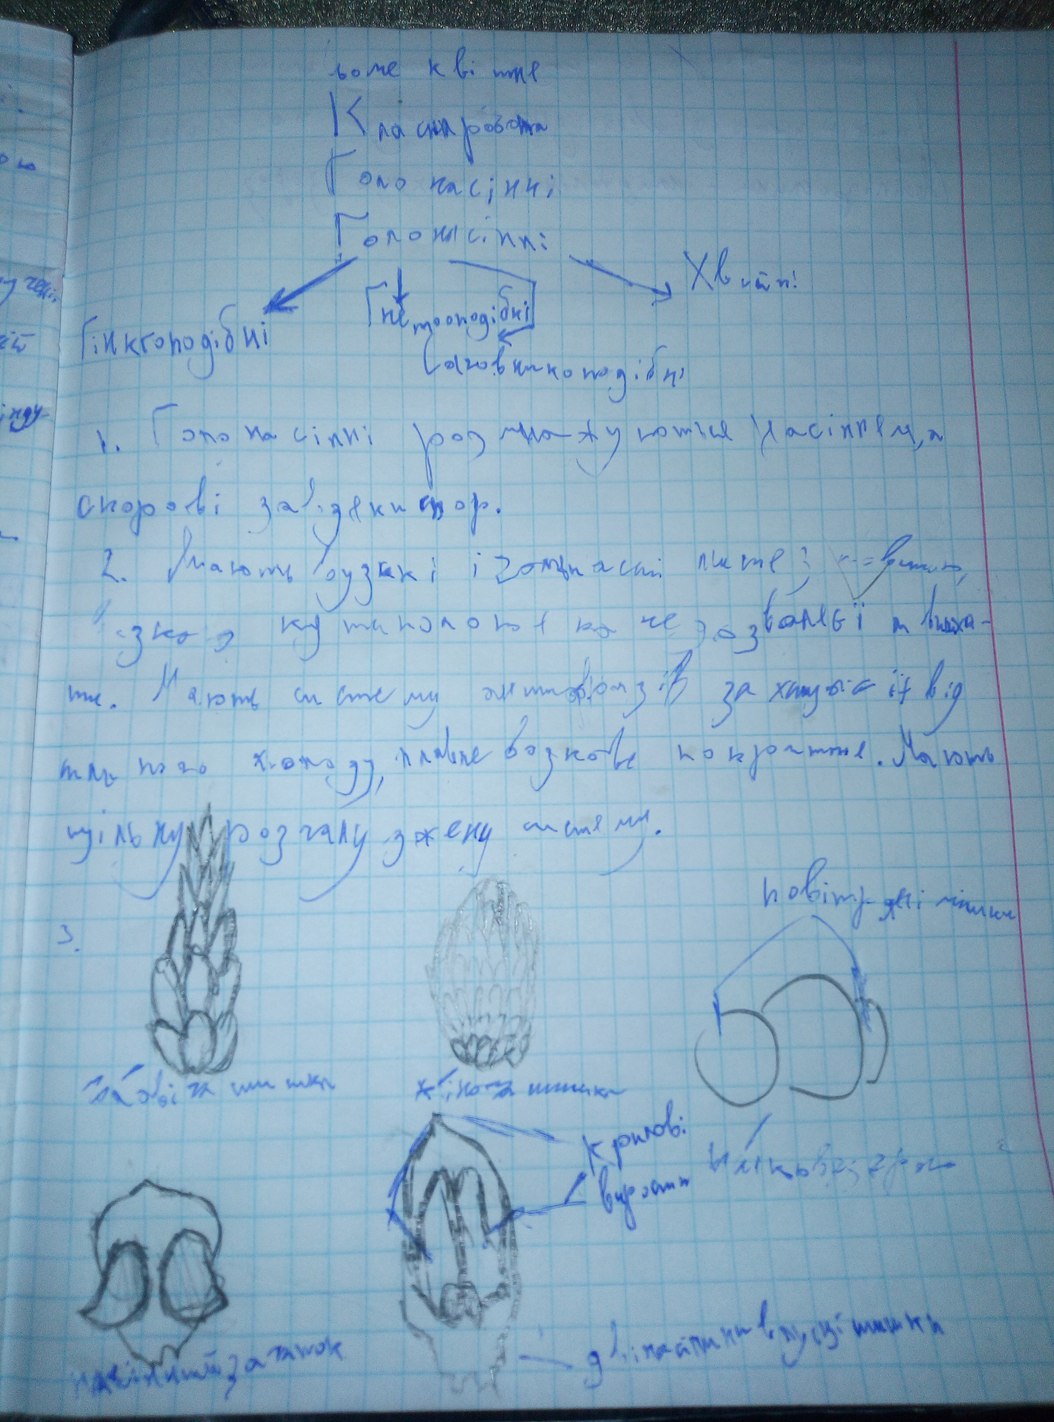
Сьоме квітня
Класна робота
Голонасінні
Голонасінні:
Хвойні
Гнетоподібні
Гінкгоподібні
Саговникоподібні
1. Голонасінні розмножуються насінням, а
спорові завдякии спор.
ти. Мають систему
щільну розгалужену систему.